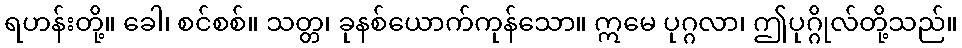
ရဟန်းတို့။ ခေါ၊ စင်စစ်။ သတ္တ၊ ခုနစ်ယောက်ကုန်သော။ ဣမေ ပုဂ္ဂလာ၊ ဤပုဂ္ဂိုလ်တို့သည်။